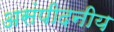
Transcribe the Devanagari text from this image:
असंपीदनीय